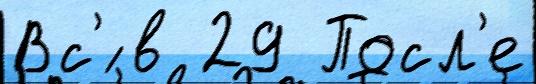
Вс'́ в 29 Посл'е